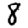
Digit: 8